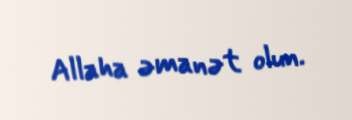
Allaha əmanət olun.